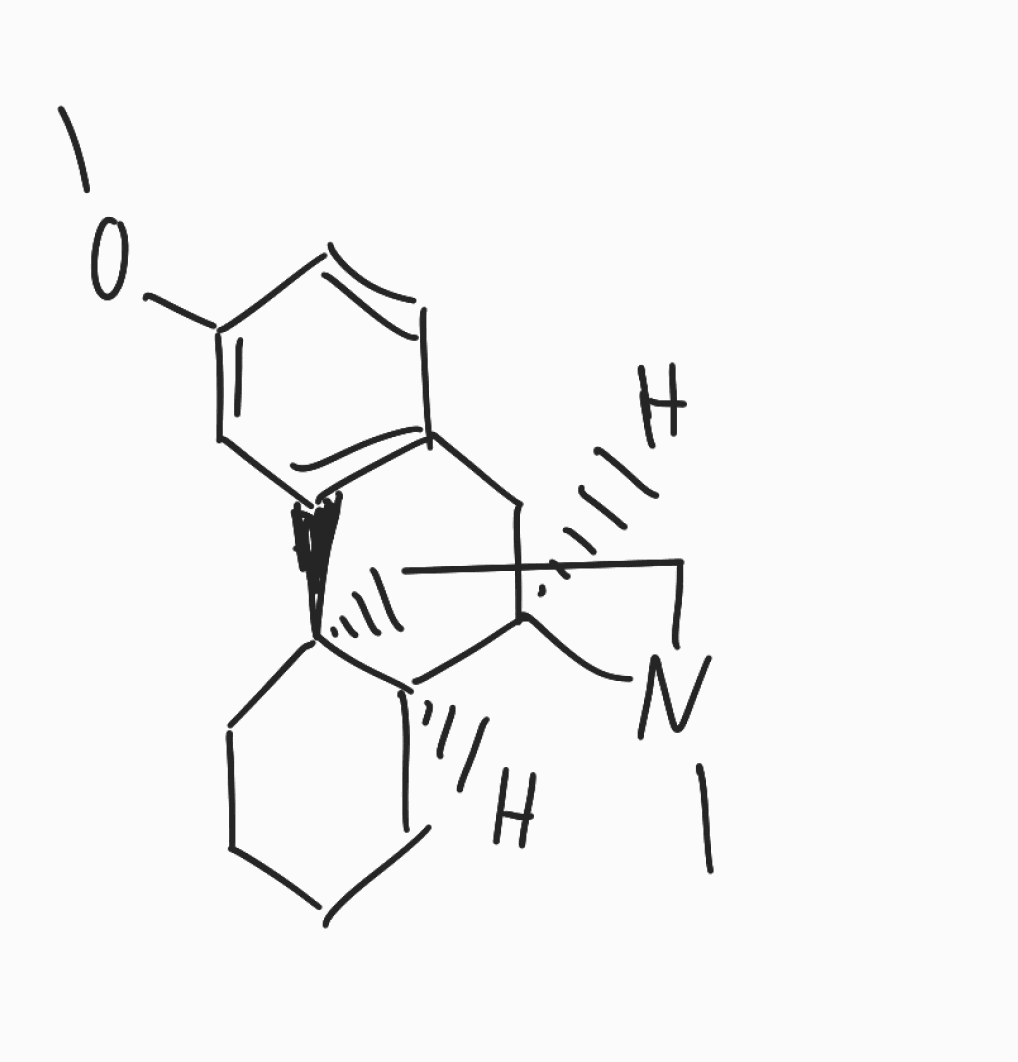
Simplified molecular-input line-entry system (SMILES) notation of the given molecule:
CN1CC[C@@]23CCCC[C@@H]2[C@H]1CC4=C3C=C(C=C4)OC